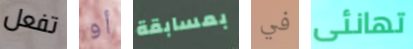
تفعل أو بمسابقة في تهانئى